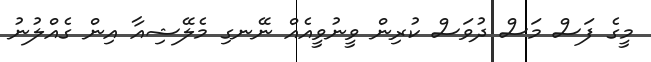
މީގެ ފަސް މަސް ދުވަސް ކުރިން ވީނުވީއެއް ނޭނގި މެލޭޝިއާ އިން ގެއްލުނު